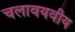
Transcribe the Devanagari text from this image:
चलावयवीय